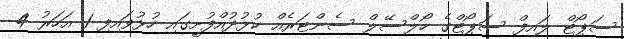
ސަޕޯޓް ލައިފް ސަޕޯޓްގެ ހޯލްސޭލް ސެންޓަރެއް ކުޅުދުއްފުށީގައި ހުޅުވައިފި 1 އަހަރު 4